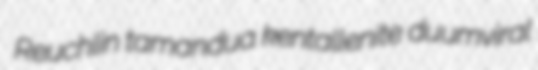
Reuchlin tamandua kentallenite duumviral